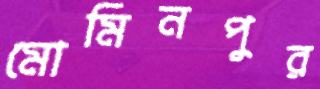
মোমিনপুর